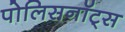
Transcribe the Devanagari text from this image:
पोलिसनॉट्स